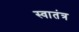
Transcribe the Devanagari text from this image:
स्‍वातंत्र